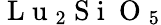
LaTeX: \mathrm{~L~u~}_{2}\mathrm{~S~i~}\mathrm{~O~}_{5}